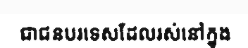
ជាជនបរទេសដែលរស់នៅក្នុង